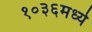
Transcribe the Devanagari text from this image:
१०३६मध्ये